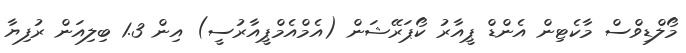
މޯލްޑިވްސް މާކެޓިން އެންޑް ޕީއާރު ކޯޕަރޭޝަން (އެމްއެމްޕީއާރުސީ) އިން 1.3 ބިލިއަން ރުފިޔާ